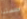
جلستنا